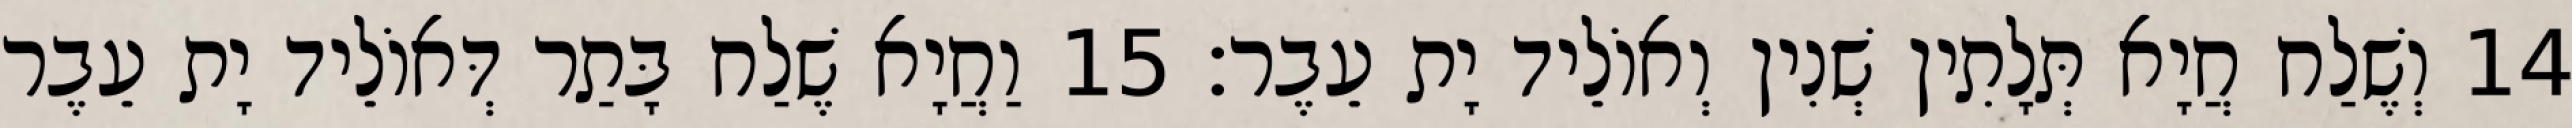
14 וְשֶׁלַח חֲיָא תְּלָתִין שְׁנִין וְאוֹלֵיד יָת עֵבֶר׃ 15 וַחֲיָא שֶׁלַח בָּתַר דְּאוֹלֵיד יָת עֵבֶר